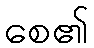
စေ၏